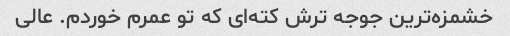
خشمزه‌ترین جوجه ترش کته‌ای که تو عمرم خوردم. عالی